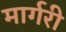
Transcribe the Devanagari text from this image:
मार्गरी